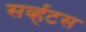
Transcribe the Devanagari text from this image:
सर्व्हटस